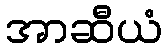
အာဆီယံ